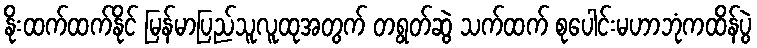
နိုးထက်ထက်နိုင် မြန်မာပြည်သူလူထုအတွက် တရွတ်ဆွဲ သက်ထက် စုပေါင်းမဟာဘုံကထိန်ပွဲ